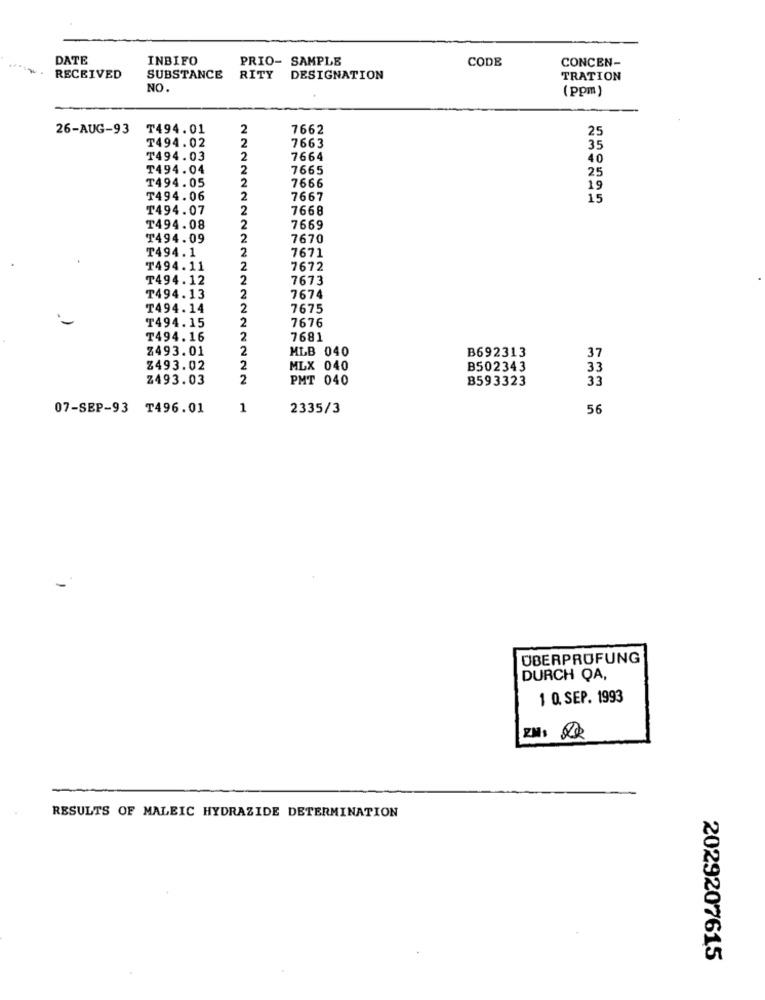
DATE
INBIFO
PRIO- SAMPLE
CODE
CONCEN-
RECEIVED
SUBSTANCE
RITY
DESIGNATION
TRATION
NO.
(ppm)
26-AUG-93 T494.01
2
7662
25
T494.02
2
7663
35
T494.03
2
7664
40
₸494.04
2
7665
25
₸494.05
2
7666
19
T494.06
2
7667
15
T494.07
2
7668
T494.08
2
7669
T494.09
2
7670
T494.1
2
7671
T494.11
2
7672
T494.12
2
7673
T494.13
2
7674
T494.14
2
7675
T494.15
2
7676
T494.16
2
7681
Z493.01
2
MLB 040
B692313
37
$493.02
2
MLX 040
B502343
33
Z493.03
2
PMT 040
B593323
33
07-SEP-93 T496.01
1
2335/3
56
ÜBERPRÜFUNG
DURCH QA,
1 0. SEP. 1993
ZMI: Re
RESULTS OF MALEIC HYDRAZIDE DETERMINATION
2029207615